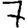
Digit: 7